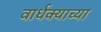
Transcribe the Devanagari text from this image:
वार्धक्याच्या